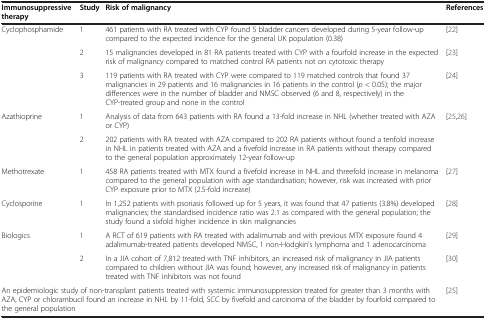
<table><thead><tr><td><b>Immunosuppressive therapy</b></td><td><b>Study</b></td><td><b>Risk of malignancy</b></td><td><b>References</b></td></tr></thead><tbody><tr><td rowspan="3">Cyclophosphamide</td><td>1</td><td>461 patients with RA treated with CYP found 5 bladder cancers developed during 5-year follow-up compared to the expected incidence for the general UK population (0.38)</td><td>[22]</td></tr><tr><td>2</td><td>15 malignancies developed in 81 RA patients treated with CYP with a fourfold increase in the expected risk of malignancy compared to matched control RA patients not on cytotoxic therapy</td><td>[23]</td></tr><tr><td>3</td><td>119 patients with RA treated with CYP were compared to 119 matched controls that found 37 malignancies in 29 patients and 16 malignancies in 16 patients in the control (<i>p</i> &lt; 0.05); the major differences were in the number of bladder and NMSC observed (6 and 8, respectively) in the CYP-treated group and none in the control</td><td>[24]</td></tr><tr><td rowspan="2">Azathioprine</td><td>1</td><td>Analysis of data from 643 patients with RA found a 13-fold increase in NHL (whether treated with AZA or CYP)</td><td rowspan="2">[25,26]</td></tr><tr><td>2</td><td>202 patients with RA treated with AZA compared to 202 RA patients without found a tenfold increase in NHL in patients treated with AZA and a fivefold increase in RA patients without therapy compared to the general population approximately 12-year follow-up</td></tr><tr><td>Methotrexate</td><td>1</td><td>458 RA patients treated with MTX found a fivefold increase in NHL and threefold increase in melanoma compared to the general population with age standardisation; however, risk was increased with prior CYP exposure prior to MTX (2.5-fold increase)</td><td>[27]</td></tr><tr><td>Cyclosporine</td><td>1</td><td>In 1,252 patients with psoriasis followed up for 5 years, it was found that 47 patients (3.8%) developed malignancies; the standardised incidence ratio was 2.1 as compared with the general population; the study found a sixfold higher incidence in skin malignancies</td><td>[28]</td></tr><tr><td rowspan="2">Biologics</td><td>1</td><td>A RCT of 619 patients with RA treated with adalimumab and with previous MTX exposure found 4 adalimumab-treated patients developed NMSC, 1 non-Hodgkin&#x27;s lymphoma and 1 adenocarcinoma</td><td>[29]</td></tr><tr><td>2</td><td>In a JIA cohort of 7,812 treated with TNF inhibitors, an increased risk of malignancy in JIA patients compared to children without JIA was found; however, any increased risk of malignancy in patients treated with TNF inhibitors was not found</td><td>[30]</td></tr><tr><td colspan="3">An epidemiologic study of non-transplant patients treated with systemic immunosuppression treated for greater than 3 months with AZA, CYP or chlorambucil found an increase in NHL by 11-fold, SCC by fivefold and carcinoma of the bladder by fourfold compared to the general population</td><td>[25]</td></tr></tbody></table>